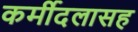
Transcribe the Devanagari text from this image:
कर्मीदलासह